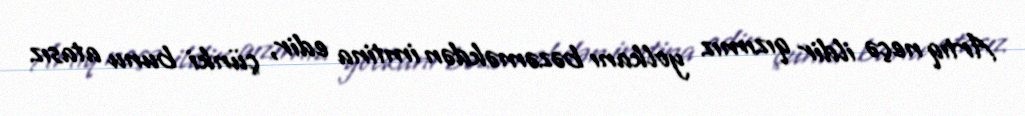
Artıq neçə ildir qızımız yolkanı bəzəməkdən imtina edir, çünki bunu atasız